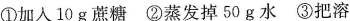
①加入10g蔗糖②蒸发掉50g水③把溶